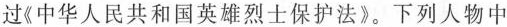
过《中华人民共和国英雄烈士保护法》。下列人物中